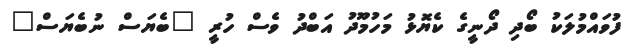
ފުވައްމުލަކު ބޯދި ދޯނީގެ ކެޔޮޅު މަހުމޫދު އަބްދު ވެސް ހުރީ "ބެޔަސް ނުބެޔަސް"